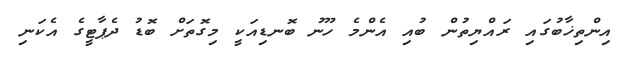
އިންތިޚާބުގައި ރައްޔިތުން ބުއި އެންމެ ހޫނު ބޮނޑިއަކީ މިގޮތަށް ބޮޑު ދެޕާޓީގެ އެކަނި